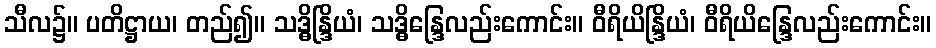
သီလ၌။ ပတိဋ္ဌာယ၊ တည်၍။ သဒ္ဓိန္ဒြိယံ၊ သဒ္ဓိန္ဒြေလည်းကောင်း။ ဝီရိယိန္ဒြိယံ၊ ဝီရိယိန္ဒြေလည်းကောင်း။